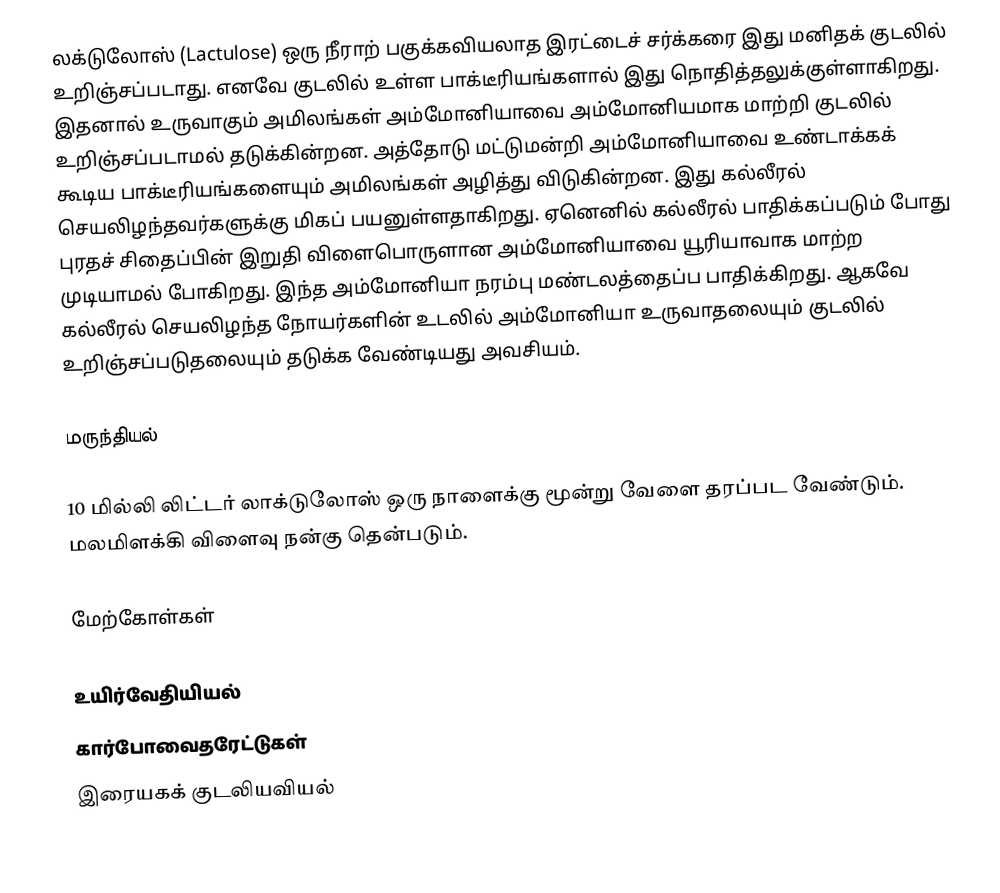
லக்டுலோஸ் (Lactulose) ஒரு நீராற் பகுக்கவியலாத இரட்டைச் சர்க்கரை இது மனிதக் குடலில் உறிஞ்சப்படாது. எனவே குடலில் உள்ள பாக்டீரியங்களால் இது நொதித்தலுக்குள்ளாகிறது. இதனால் உருவாகும் அமிலங்கள் அம்மோனியாவை அம்மோனியமாக மாற்றி குடலில் உறிஞ்சப்படாமல் தடுக்கின்றன. அத்தோடு மட்டுமன்றி அம்மோனியாவை உண்டாக்கக் கூடிய பாக்டீரியங்களையும் அமிலங்கள் அழித்து விடுகின்றன. இது கல்லீரல் செயலிழந்தவர்களுக்கு மிகப் பயனுள்ளதாகிறது. ஏனெனில் கல்லீரல் பாதிக்கப்படும் போது புரதச் சிதைப்பின் இறுதி விளைபொருளான அம்மோனியாவை யூரியாவாக மாற்ற முடியாமல் போகிறது. இந்த அம்மோனியா நரம்பு மண்டலத்தைப்ப பாதிக்கிறது. ஆகவே கல்லீரல் செயலிழந்த நோயர்களின் உடலில் அம்மோனியா உருவாதலையும் குடலில் உறிஞ்சப்படுதலையும் தடுக்க வேண்டியது அவசியம்.

மருந்தியல்

10 மில்லி லிட்டர் லாக்டுலோஸ் ஒரு நாளைக்கு மூன்று வேளை தரப்பட வேண்டும். மலமிளக்கி விளைவு நன்கு தென்படும்.

மேற்கோள்கள்

உயிர்வேதியியல்
கார்போவைதரேட்டுகள்
இரையகக் குடலியவியல்